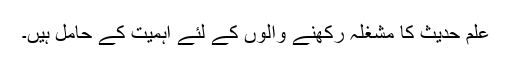
علم حدیث کا مشغلہ رکھنے والوں کے لئے اہمیت کے حامل ہیں۔